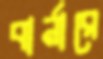
বার্নারে